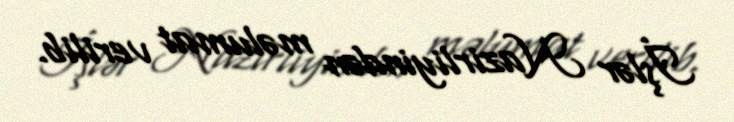
İşlər Nazirliyindən məlumat verilib.